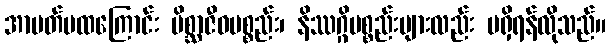
အာပတ်မထကြောင်း မိစ္ဆာဇီဝပစ္စည်း၊ နိဿဂ္ဂိပစ္စည်းများလည်း မရှိရန်လိုသည်။